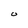
Character: O